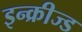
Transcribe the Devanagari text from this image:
इन्क्रीज्ड